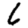
Digit: 6